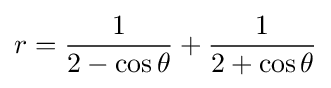
r={\frac {1}{2-\cos \theta }}+{\frac {1}{2+\cos \theta }}